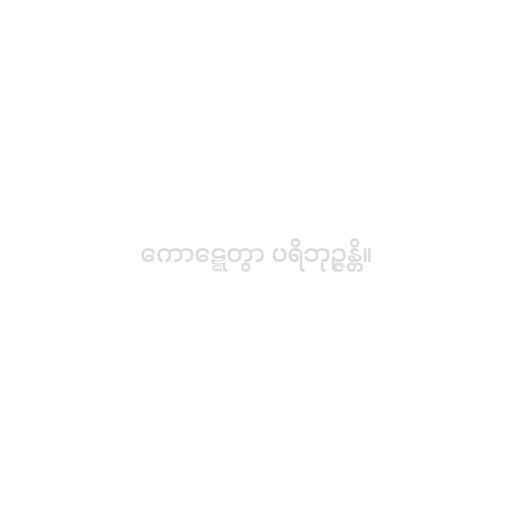
ကောဋ္ဋေတွာ ပရိဘုဉ္ဇန္တိ။